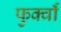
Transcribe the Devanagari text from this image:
फुर्क्वाँ